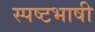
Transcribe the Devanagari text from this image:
स्पष्टभाषी